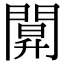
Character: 𨵒